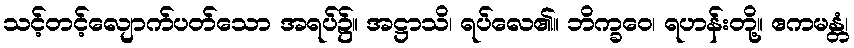
သင့်တင့်လျောက်ပတ်သော အရပ်၌။ အဋ္ဌာသိ၊ ရပ်လေ၏။ ဘိက္ခဝေ၊ ရဟန်းတို့။ ဧကမန္တံ၊